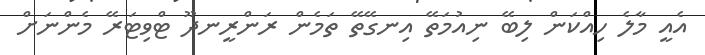
އެއީ މާލެ ހިއްކަން ލިބޭ ނިއުމަތޭ އިނގޭތޭ ތަމެން ރަންރީނދޫ ޓްވިޓަރޭ މެންނަށް